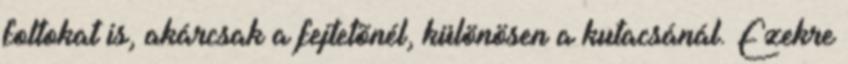
foltokat is, akárcsak a fejtetõnél, különösen a kutacsánál. Ezekre